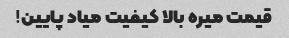
قیمت میره بالا کیفیت میاد پایین!